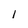
Character: 1